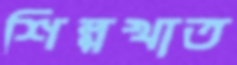
শিল্পখাত